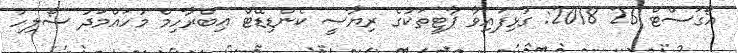
އޯގަސްޓް 26 2018: ގުޅިފައިވާ ޕާޓީތަކުގެ ރިޔާސީ ކެންޑިޑޭޓް އިބްރާހިމް މުހައްމަދު ސޯލިހު